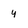
Character: y